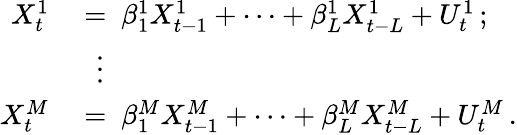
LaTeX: \begin{array}{rl}{X_{t}^{1}~}&{=~\beta_{1}^{1}X_{t-1}^{1}+\cdots+\beta_{L}^{1}X_{t-L}^{1}+U_{t}^{1}\, ;}\\ &{~\, \vdots}\\ {X_{t}^{M}~}&{=~\beta_{1}^{M}X_{t-1}^{M}+\cdots+\beta_{L}^{M}X_{t-L}^{M}+U_{t}^{M}\, .}\end{array}